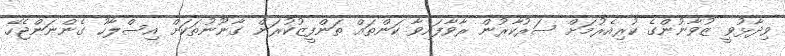
ވިދާޅުވީ ޒުވާނުންގެ ކުރިއެރުމަށް ސަރުކާރުން ރާވާފައިވާ ކަންތައް ތަންފީޒުކުރަން ގާނޫނުތަކަށް އިސްލާހު ގެންނަންޖެހޭ